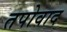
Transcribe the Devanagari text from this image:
तपोवाद